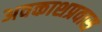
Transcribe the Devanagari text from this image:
अवकाशप्रवास